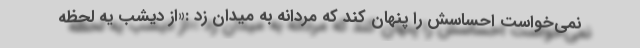
نمی‌خواست احساسش را پنهان کند که مردانه به میدان زد :«از دیشب یه لحظه